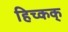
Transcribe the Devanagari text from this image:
हिच्कक्